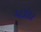
બડોદર